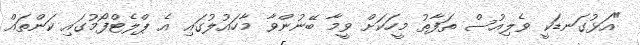
"އަޅުގަނޑަކީ ވެލިއުސް ތަފާތު މީހަކަށް ވީމާ ބޭނުންވާ މާހައުލުގައި އެ ޕްލެޓްފޯމުގައި ކަންތައް